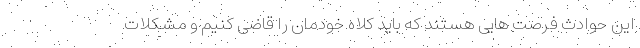
این حوادث فرصت هایی هستند که باید کلاه خودمان را قاضی کنیم و مشکلات